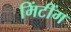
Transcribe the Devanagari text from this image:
मिंटींग